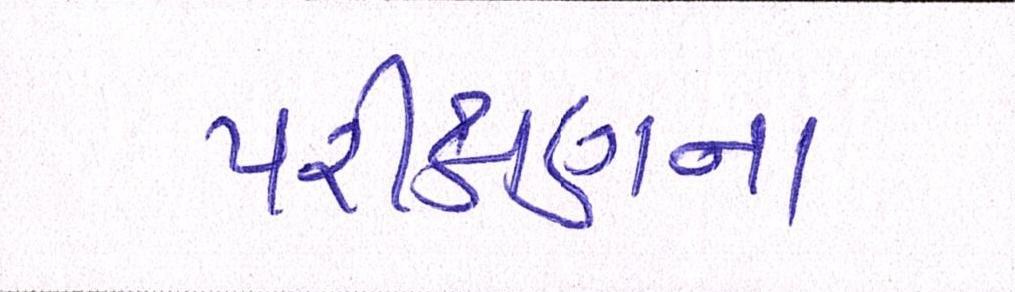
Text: પરીક્ષણના